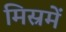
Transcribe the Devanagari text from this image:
मिस्रमें